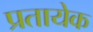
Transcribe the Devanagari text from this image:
प्रतायेक